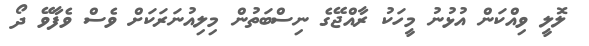
ލޮލީ ވިއްކަން އުޅުނު މީހަކު ރާއްޖޭގެ ނިސްބަތުން މިލިއުނަރަކަށް ވެސް ވެފާވޭ ދޯ